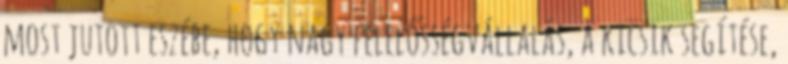
most jutott eszébe, hogy nagy felelősségvállalás, a kicsik segítése,